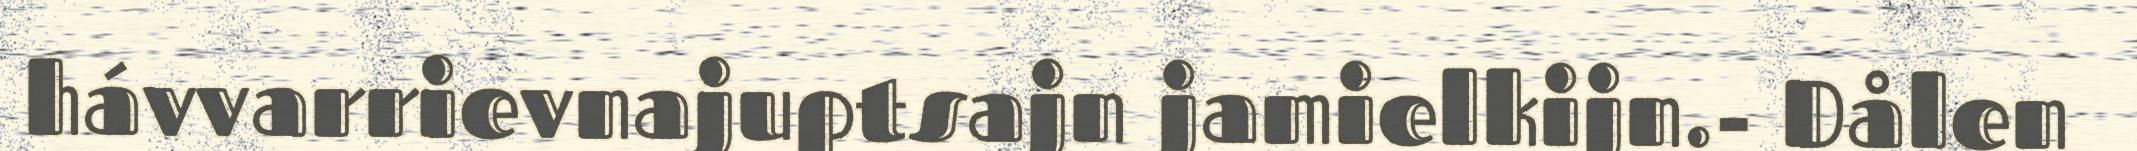
hávvarrievnajuptsajn jamielkijn.- Dålen